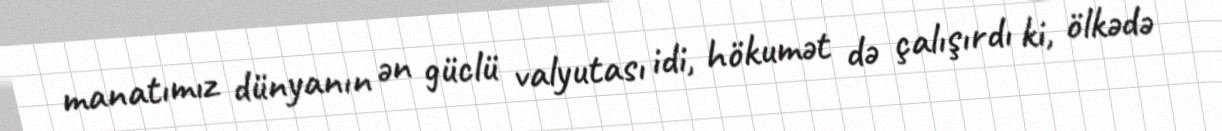
manatımız dünyanın ən güclü valyutası idi, hökumət də çalışırdı ki, ölkədə